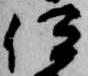
伊